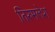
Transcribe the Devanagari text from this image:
तिरुमलेश